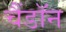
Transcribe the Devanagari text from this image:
चैंडॉन